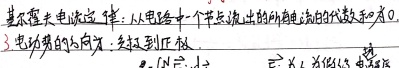
基尔霍夫电流定律：从电路中一个节点流出的所有电流的代数和为0。

3. 电动势的方向：从负极到正极。$\overrightarrow{E}$：为非电场